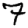
Digit: 7